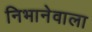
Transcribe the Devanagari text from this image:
निभानेवाला